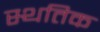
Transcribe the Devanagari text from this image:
स्थतिक